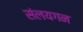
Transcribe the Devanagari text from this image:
संलयगन